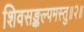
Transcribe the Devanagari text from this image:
शिवसङ्कल्पमस्तु॥२॥